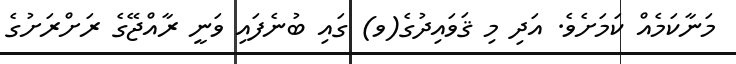
މަނާކަމެއް ކަމަށެވެ. އަދި މި ޤަވައިދުގެ(ވ) ގައި ބުނެފައި ވަނީ ރާއްޖޭގެ ރަށްރަށުގެ